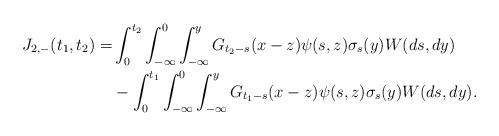
LaTeX: \begin{align*} J_{2,-}(t_1,t_2) = &\int_0^{t_2} \int_{-\infty}^0\int_{-\infty}^y G_{t_2-s}(x-z) \psi(s,z) \sigma_s(y) W(ds,dy)\\&-\int_0^{t_1} \int_{-\infty}^0 \int_{-\infty}^y G_{t_1-s}(x-z) \psi(s,z) \sigma_s(y) W(ds,dy).\end{align*}